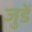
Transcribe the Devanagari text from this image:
जुडें